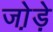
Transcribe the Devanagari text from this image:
जो़ड़े